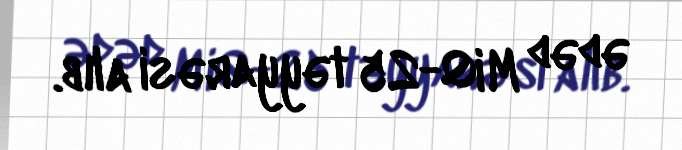
ədəd MiQ-25 təyyarəsi alıb.